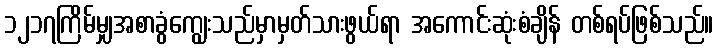
၁၂၁၇ကြိမ်မျှအစာခွံကျွေးသည်မှာမှတ်သားဖွယ်ရာ အကောင်းဆုံးစံချိန် တစ်ရပ်ဖြစ်သည်။